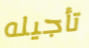
تأجيله